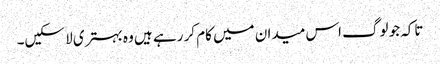
تاکہ جو لوگ اس میدان میں کام کر رہے ہیں وہ بہتری لا سکیں۔